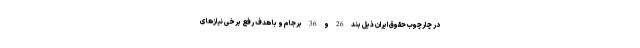
در چارچوب حقوق ایران ذیل بند 26 و 36 برجام و با هدف رفع برخی نیازهای